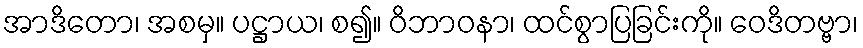
အာဒိတော၊ အစမှ။ ပဋ္ဌာယ၊ စ၍။ ဝိဘာဝနာ၊ ထင်စွာပြခြင်းကို။ ဝေဒိတဗ္ဗာ၊